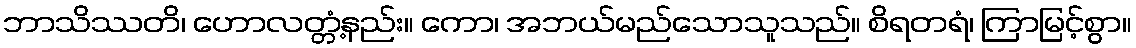
ဘာသိဿတိ၊ ဟောလတ္တံ့နည်း။ ကော၊ အဘယ်မည်သောသူသည်။ စိရတရံ၊ ကြာမြင့်စွာ။